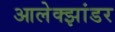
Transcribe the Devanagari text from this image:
आलेक्झांडर